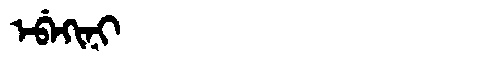
Manchu: ᡝᠪᡝᡴᡳᠨᡳ
Romanization: EBEKINI